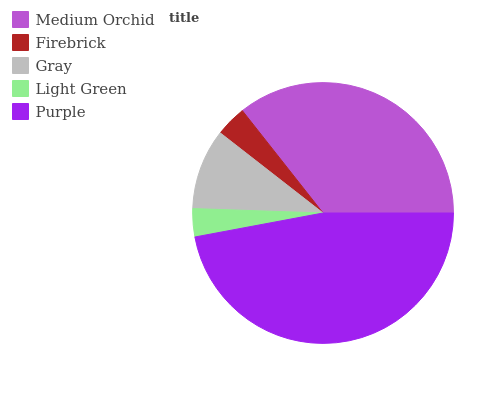
| Medium Orchid | Firebrick | Gray | Light Green | Purple |
 | --- | --- | --- | --- | --- |
 | 35.6% | 3.83% | 9.99% | 3.48% | 47.1% |